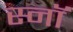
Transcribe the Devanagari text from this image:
स्नॉ